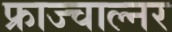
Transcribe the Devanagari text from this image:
फ्राज्चाल्नर